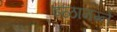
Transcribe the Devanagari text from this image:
इळामग्ने